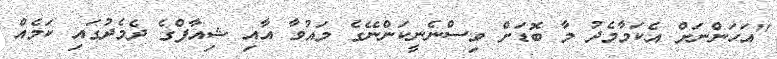
''އަހަންނަށް އެކަމާމެދު މާ ބޮޑަށް ވިސްނެނީކަންނޭގެ މައުވާ އާއި ޝިއާފްގެ ދެމެދުގައި ކަމެއް